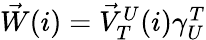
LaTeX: \begin{array}{r}{\vec{W}(i)=\vec{V}_{T}^{U}(i)\gamma_{U}^{T}}\end{array}